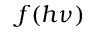
f ( h \nu )